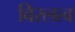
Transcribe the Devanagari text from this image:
विरलत्व